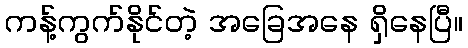
ကန့်ကွက်နိုင်တဲ့ အခြေအနေ ရှိနေပြီ။